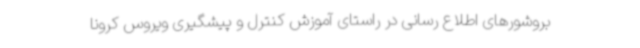
بروشورهای اطلاع ‌رسانی در راستای آموزش کنترل و پیشگیری ویروس کرونا